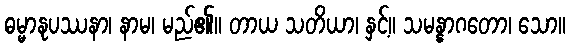
ဓမ္မာနုပဿနာ၊ နာမ၊ မည်၏။ တာယ သတိယာ၊ နှင့်။ သမန္နာဂတော၊ သော။